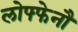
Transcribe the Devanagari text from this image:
लोफ्फेनौ